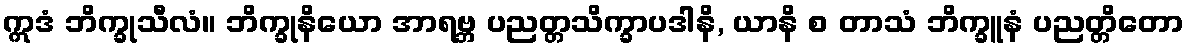
ဣဒံ ဘိက္ခုသီလံ။ ဘိက္ခုနိယော အာရဗ္ဘ ပညတ္တသိက္ခာပဒါနိ, ယာနိ စ တာသံ ဘိက္ခူနံ ပညတ္တိတော